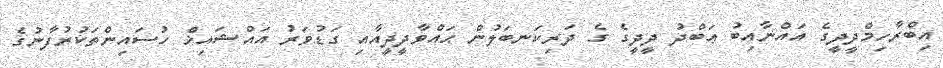
އިބްރާހިމްދީދީގެ އައްނާއިބު ޢަބްދު ދީދީގެ ގެ ދަރިކަނބަލުން ޙައްވާދީދީއާއި ގަޑުވަރު އައްޝައިޚް ހުސައިންތަކުރުފާނުގެ